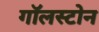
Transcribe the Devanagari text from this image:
गॉलस्टोन